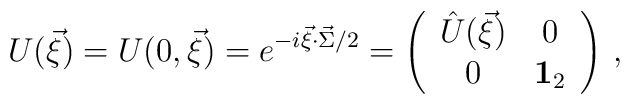
U(\vec{\xi})=U(0,\vec{\xi})=e^{-i\vec{\xi}\cdot \vec{\Sigma}/2}=\left(\begin{array}{cc}\hat U(\vec{\xi})&0\\0&{\bf 1}_{2}\end{array}\right)\,,